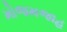
મોજમજાહ